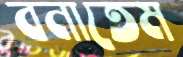
বনাতেম